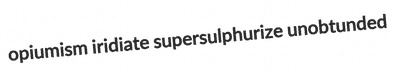
opiumism iridiate supersulphurize unobtunded